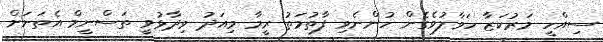
ސިއްހީ މަރުކަޒާ ހަވާލުވެގެން ހުންނެވި ފާތުމަތު ރީމާ މިއަދު ވިދާޅުވީ ތަސްނީމް އެތަނަށް